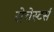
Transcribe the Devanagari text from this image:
रोचेस्टर्स